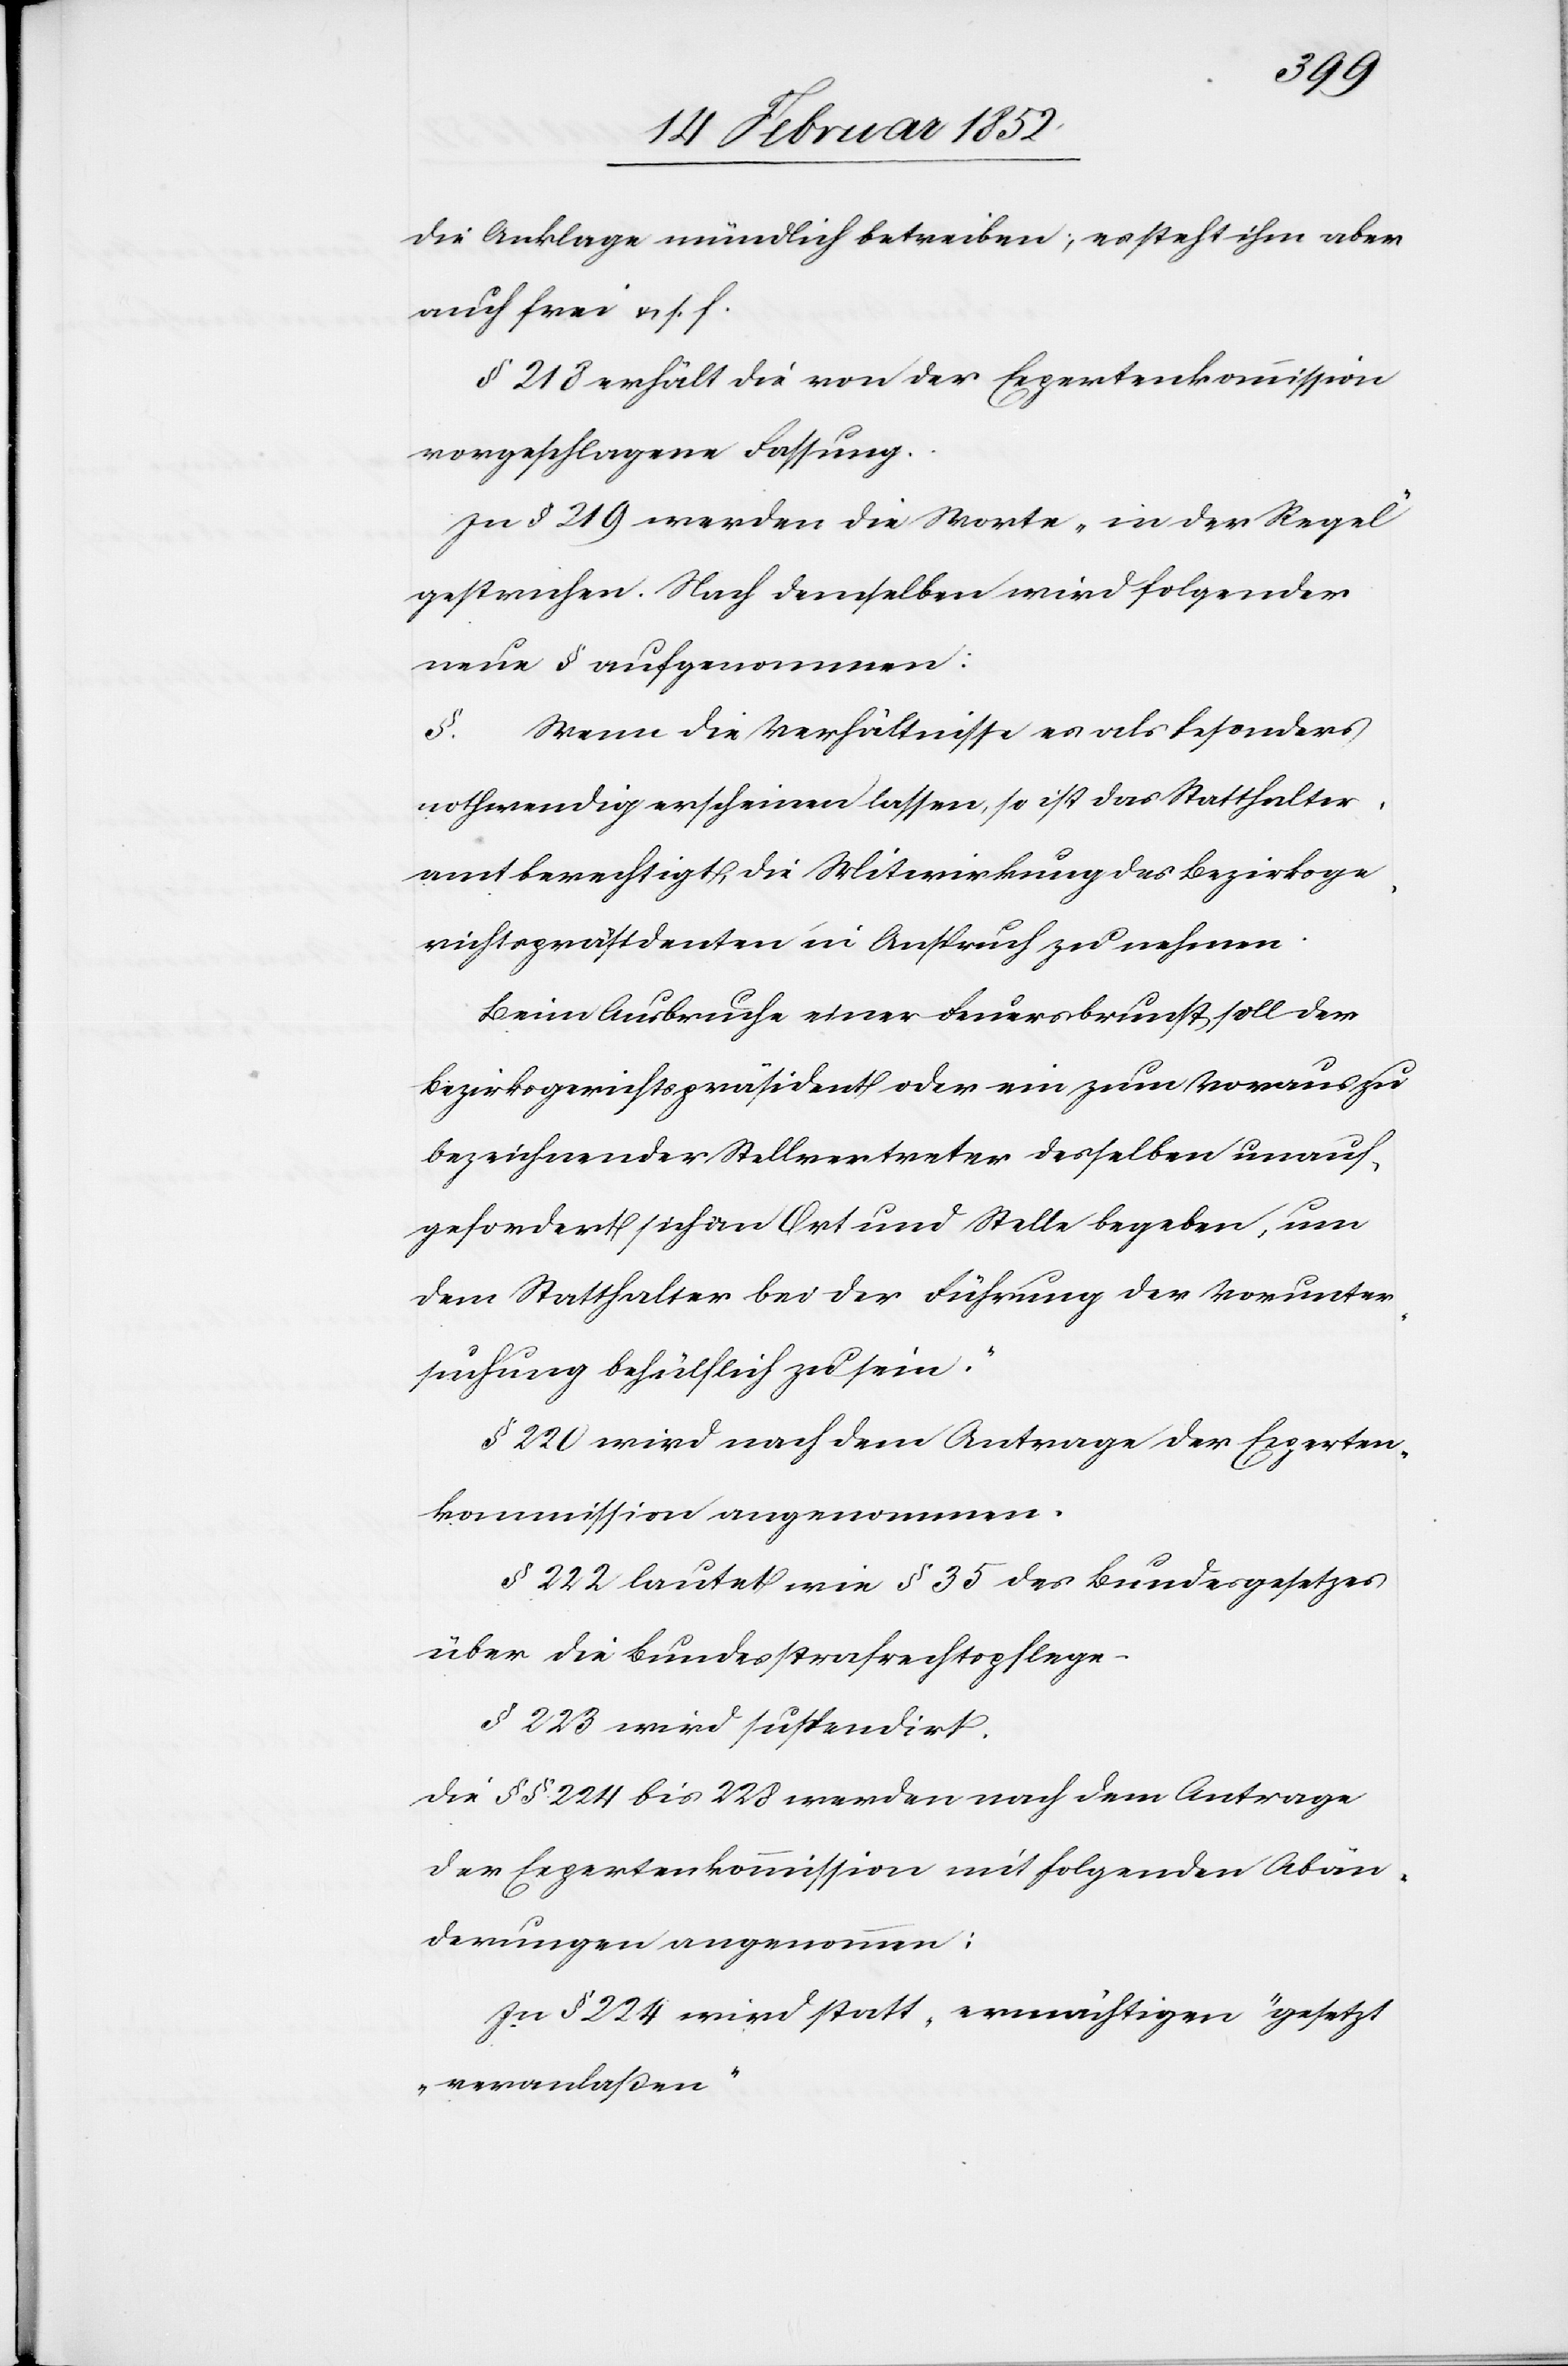
die Anklage mündlich betreiben; es steht ihm aber
auch frei u. s. f..
§ 218 erhält die von der Expertenkommission
vorgeschlagene Fassung.
In § 219 werden die Worte „in der Regel“
gestrichen. Nach demselben wird folgender
neue[r] § aufgenommen:
§. Wenn die Verhältnisse es als besonders
nothwendig erscheinen lassen, so ist das Statthalter¬
amt berechtigt, die Mitwirkung des Bezirksge¬
richtspräsidenten in Anspruch zu nehmen.
Beim Ausbruche einer Feuersbrunst soll der
Bezirksgerichtspräsident oder ein zum Voraus zu
bezeichnender Stellvertreter desselben unauf¬
gefordert sich an Ort und Stelle begeben, um
dem Statthalter bei der Führung der Vorunter¬
suchung behülflich zu sein.“
§ 220 wird nach dem Antrage der Experten¬
kommission angenommen.
§ 222 lautet wie § 35 des Bundesgesetzes
über die Bundesstrafrechtspflege
§ 223 wird suspendirt.
Die §§ 224 bis 228 werden nach dem Antrage
der Expertenkommission mit folgenden Abän¬
derungen angenommen:
In § 224 wird statt „ermächtigen“ gesetzt
„veranlaßten“